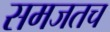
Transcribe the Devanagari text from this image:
समजतच